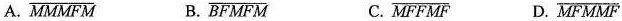
A. \overline{MMMFM} B. \overline{BFMFM} C. \overline{MFFMF} D. \overline{MFMMF}